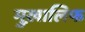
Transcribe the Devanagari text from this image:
मुख़ालिफ